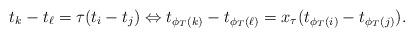
LaTeX: \begin{align*}t_k-t_{\ell} = \tau(t_i-t_j) \Leftrightarrow t_{\phi_T(k)}-t_{\phi_T(\ell)} = x_{\tau}(t_{\phi_T(i)} - t_{\phi_T(j)}).\end{align*}